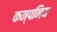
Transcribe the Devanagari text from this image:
कम्पनिय